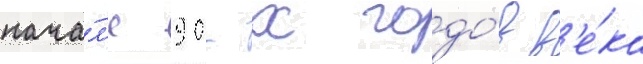
нача́л'е 90-х годо́в в'е́ка